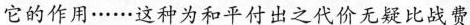
它的作用……这种为和平付出之代价无疑比战费